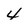
Character: 4